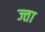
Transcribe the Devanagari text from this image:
ज्ता